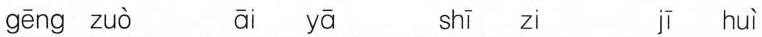
gēng zuò āi yā shī zi jī huì